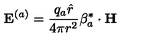
{ \bf E } ^ { ( a ) } = \frac { q _ { a } { \hat { r } } } { 4 \pi r ^ { 2 } } { { \mathrm { \boldmath \beta } } _ { a } ^ { * } } \cdot { \bf H }